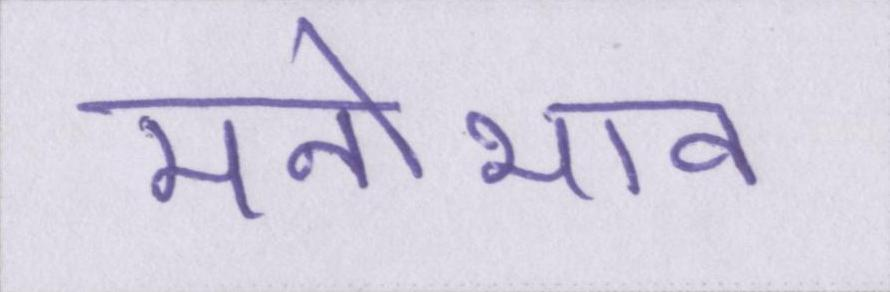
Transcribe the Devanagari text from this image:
मनोभाव